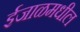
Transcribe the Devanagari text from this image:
ईजाळमधील